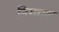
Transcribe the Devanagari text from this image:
निगमश